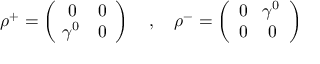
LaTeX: \rho ^ { + } = \left( \begin{array} { c c } { { 0 } } & { { 0 } } \\ { { \! \gamma ^ { 0 } } } & { { 0 } } \end{array} \right) \quad , \quad \rho ^ { - } = \left( \begin{array} { c c } { { 0 } } & { { \! \gamma ^ { 0 } } } \\ { { 0 } } & { { 0 } } \end{array} \right)